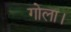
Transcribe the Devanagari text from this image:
गोला।